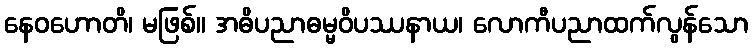
နေဝဟောတိ၊ မဖြစ်။ အဓိပညာဓမ္မဝိပဿနာယ၊ လောကီပညာထက်လွန်သော